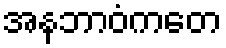
အနဘာဝံကတေ